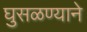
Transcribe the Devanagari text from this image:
घुसळण्याने